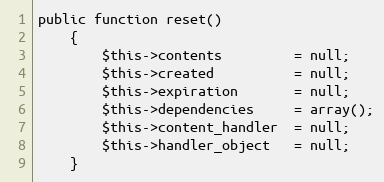
Language: PHP
public function reset()
	{
		$this->contents			= null;
		$this->created			= null;
		$this->expiration		= null;
		$this->dependencies		= array();
		$this->content_handler	= null;
		$this->handler_object	= null;
	}